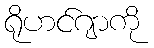
ရိုဟင်ဂျာကို